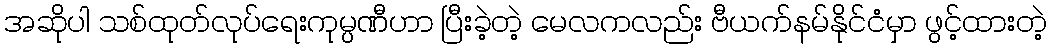
အဆိုပါ သစ်ထုတ်လုပ်ရေးကုမ္ပဏီဟာ ပြီးခဲ့တဲ့ မေလကလည်း ဗီယက်နမ်နိုင်ငံမှာ ဖွင့်ထားတဲ့